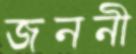
জননী